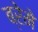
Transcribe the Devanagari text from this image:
ब्रेमे